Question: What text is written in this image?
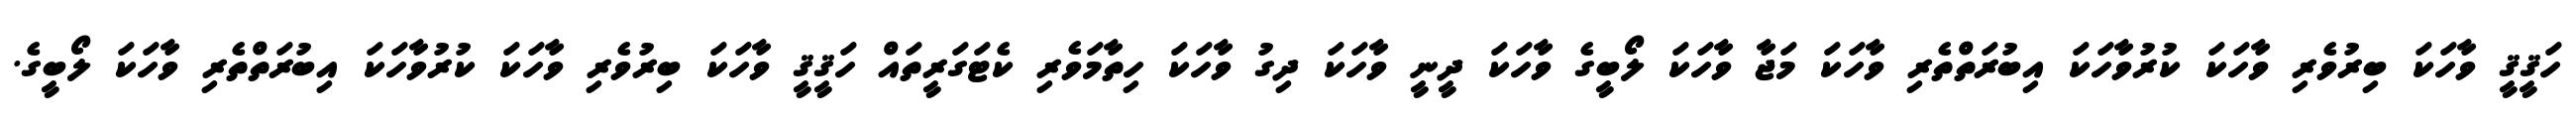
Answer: ހަޤީޤީ ވާހަކަ ބިރުވެރި ވާހަކަ ކުރުވާހަކަ އިބުރަތްތެރި ވާހަކަ މަޖާ ވާހަކަ ލޯބީގެ ވާހަކަ ދީނީ ވާހަކަ ދިގު ވާހަކަ ހިތާމަވެރި ކެޓަގަރީތައް ހަޤީޤީ ވާހަކަ ބިރުވެރި ވާހަކަ ކުރުވާހަކަ އިބުރަތްތެރި ވާހަކަ ލޯބީގެ.